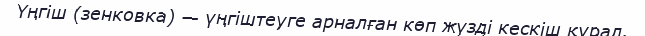
Үңгіш (зенковка) — үңгіштеуге арналған көп жүзді кескіш құрал.